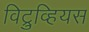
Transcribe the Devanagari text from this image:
विट्रुव्हियस